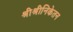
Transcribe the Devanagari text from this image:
श्रीश्रीनिकेतन